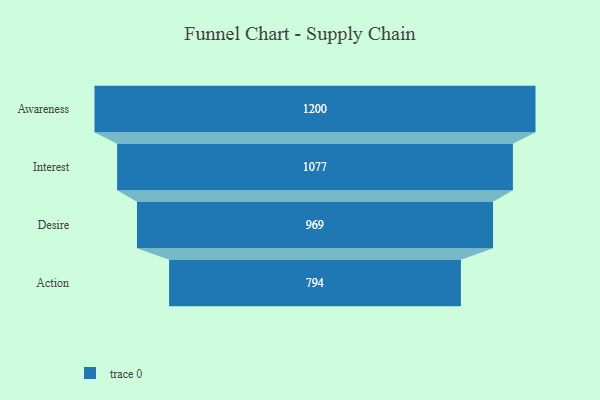
{"axis": {"x": "Stage", "y": "Value"}, "legend": [""], "data": [{"x": "Awareness", "y": 1200.0, "type": ""}, {"x": "Interest", "y": 1077.0, "type": ""}, {"x": "Desire", "y": 969.0, "type": ""}, {"x": "Action", "y": 794.0, "type": ""}]}